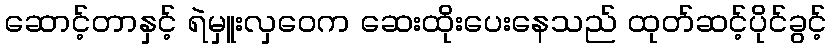
ဆောင့်တာနှင့် ရဲမှူးလှဝေက ဆေးထိုးပေးနေသည် ထုတ်ဆင့်ပိုင်ခွင့်